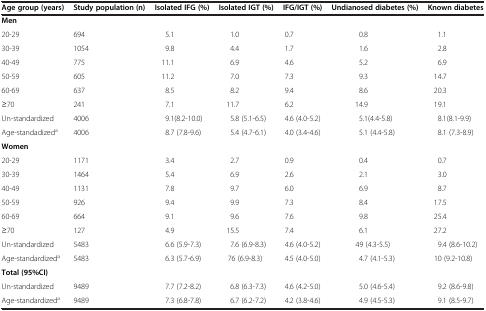
<table><thead><tr><td><b>Age group (years)</b></td><td><b>Study population (n)</b></td><td><b>Isolated IFG (%)</b></td><td><b>Isolated IGT (%)</b></td><td><b>IFG/IGT (%)</b></td><td><b>Undianosed diabetes (%)</b></td><td><b>Known diabetes</b></td></tr></thead><tbody><tr><td><b>Men</b></td><td> </td><td> </td><td> </td><td> </td><td> </td><td> </td></tr><tr><td>20-29</td><td>694</td><td>5.1</td><td>1.0</td><td>0.7</td><td>0.8</td><td>1.1</td></tr><tr><td>30-39</td><td>1054</td><td>9.8</td><td>4.4</td><td>1.7</td><td>1.6</td><td>2.8</td></tr><tr><td>40-49</td><td>775</td><td>11.1</td><td>6.9</td><td>4.6</td><td>5.2</td><td>6.9</td></tr><tr><td>50-59</td><td>605</td><td>11.2</td><td>7.0</td><td>7.3</td><td>9.3</td><td>14.7</td></tr><tr><td>60-69</td><td>637</td><td>8.5</td><td>8.2</td><td>9.4</td><td>8.6</td><td>20.3</td></tr><tr><td>≥70</td><td>241</td><td>7.1</td><td>11.7</td><td>6.2</td><td>14.9</td><td>19.1</td></tr><tr><td>Un-standardized</td><td>4006</td><td>9.1(8.2-10.0)</td><td>5.8 (5.1-6.5)</td><td>4.6 (4.0-5.2)</td><td>5.1(4.4-5.8)</td><td>8.1(8.1-9.9)</td></tr><tr><td>Age-standadized<sup>a</sup></td><td>4006</td><td>8.7 (7.8-9.6)</td><td>5.4 (4.7-6.1)</td><td>4.0 (3.4-4.6)</td><td>5.1 (4.4-5.8)</td><td>8.1 (7.3-8.9)</td></tr><tr><td><b>Women</b></td><td> </td><td> </td><td> </td><td> </td><td> </td><td> </td></tr><tr><td>20-29</td><td>1171</td><td>3.4</td><td>2.7</td><td>0.9</td><td>0.4</td><td>0.7</td></tr><tr><td>30-39</td><td>1464</td><td>5.4</td><td>6.9</td><td>2.6</td><td>2.1</td><td>3.0</td></tr><tr><td>40-49</td><td>1131</td><td>7.8</td><td>9.7</td><td>6.0</td><td>6.9</td><td>8.7</td></tr><tr><td>50-59</td><td>926</td><td>9.4</td><td>9.9</td><td>7.3</td><td>8.4</td><td>17.5</td></tr><tr><td>60-69</td><td>664</td><td>9.1</td><td>9.6</td><td>7.6</td><td>9.8</td><td>25.4</td></tr><tr><td>≥70</td><td>127</td><td>4.9</td><td>15.5</td><td>7.4</td><td>6.1</td><td>27.2</td></tr><tr><td>Un-standardized</td><td>5483</td><td>6.6 (5.9-7.3)</td><td>7.6 (6.9-8.3)</td><td>4.6 (4.0-5.2)</td><td>49 (4.3-5.5)</td><td>9.4 (8.6-10.2)</td></tr><tr><td>Age-standardized<sup>a</sup></td><td>5483</td><td>6.3 (5.7-6.9)</td><td>76 (6.9-8.3)</td><td>4.5 (4.0-5.0)</td><td>4.7 (4.1-5.3)</td><td>10 (9.2-10.8)</td></tr><tr><td><b>Total (95%CI)</b></td><td> </td><td> </td><td> </td><td> </td><td> </td><td> </td></tr><tr><td>Un-standardized</td><td>9489</td><td>7.7 (7.2-8.2)</td><td>6.8 (6.3-7.3)</td><td>4.6 (4.2-5.0)</td><td>5.0 (4.6-5.4)</td><td>9.2 (8.6-9.8)</td></tr><tr><td>Age-standardized<sup>a</sup></td><td>9489</td><td>7.3 (6.8-7.8)</td><td>6.7 (6.2-7.2)</td><td>4.2 (3.8-4.6)</td><td>4.9 (4.5-5.3)</td><td>9.1 (8.5-9.7)</td></tr></tbody></table>